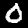
Digit: 0